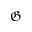
\mathfrak { G }